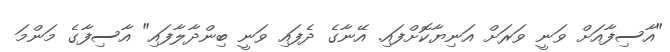
"އާސިފާއަށް ވަނީ ވަރަށް އަނިޔާކޮށްފައި. އޭނާގެ ދެފައި ވަނީ ބިންދާލާފައި" އާސިފާގެ މަންމަ